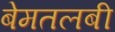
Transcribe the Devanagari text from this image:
बेमतलबी